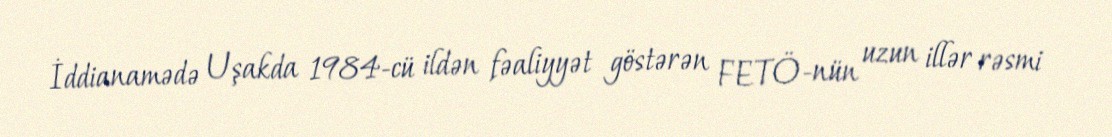
İddianamədə Uşakda 1984-cü ildən fəaliyyət göstərən FETÖ-nün uzun illər rəsmi